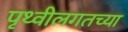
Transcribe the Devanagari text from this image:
पृथ्वीलगतच्या